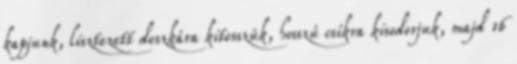
kapjunk, lisztezett deszkára kitesszük, hosszú csíkra kisodorjuk, majd 16